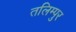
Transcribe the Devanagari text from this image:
तलिम्पुर